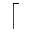
\lceil